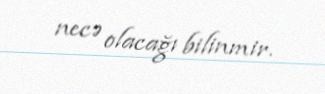
necə olacağı bilinmir.